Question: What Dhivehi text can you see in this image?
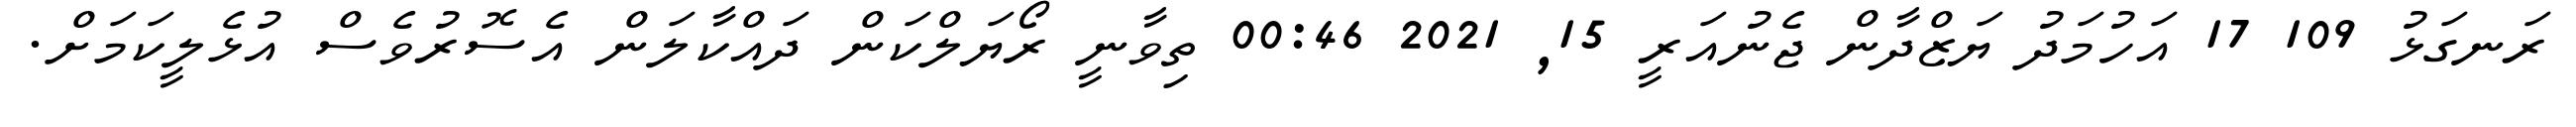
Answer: ރަނގަޅު 109 17 އަހުމަދު ޔަޒްދާން ޖެނުއަރީ 15, 2021 00:46 ތިވާނީ ރޯޔަލްކަން ދައްކާލަން އެސޮރުވެސް އުޅެލީކަމަށް.